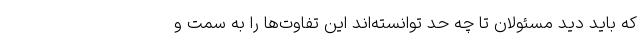
که باید دید مسئولان تا چه حد توانسته‌اند این تفاوت‌ها را به سمت و